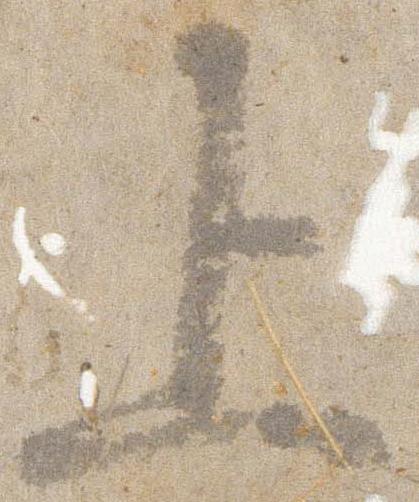
上